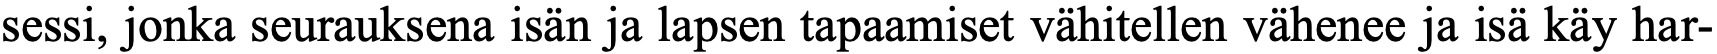
sessi, jonka seurauksena isän ja lapsen tapaamiset vähitellen vähenee ja isä käy har-